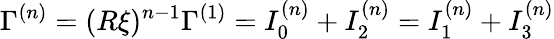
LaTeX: \Gamma^{(n)}=(R\xi)^{n-1}\Gamma^{(1)}=I_{0}^{(n)}+I_{2}^{(n)}=I_{1}^{(n)}+I_{3}^{(n)}